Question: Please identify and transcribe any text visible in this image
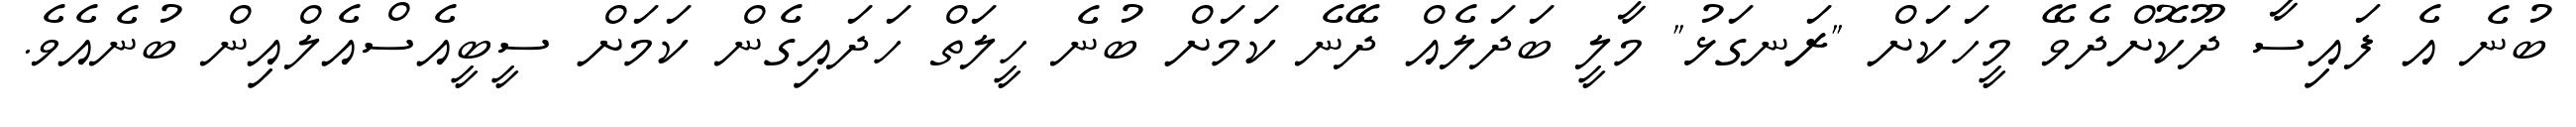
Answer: ބުނެ އެ ފައިސާ ދޫކޮށްދެވޭ މީހަކަށް "ރަނގަޅު" މާލީ ބަދަލެއް ދޭނެ ކަމަށް ބުނެ ހީލަތް ހަދައިގެން ކަމަށް ސީބީއެސްއެލްއިން ބުނެއެވެ.